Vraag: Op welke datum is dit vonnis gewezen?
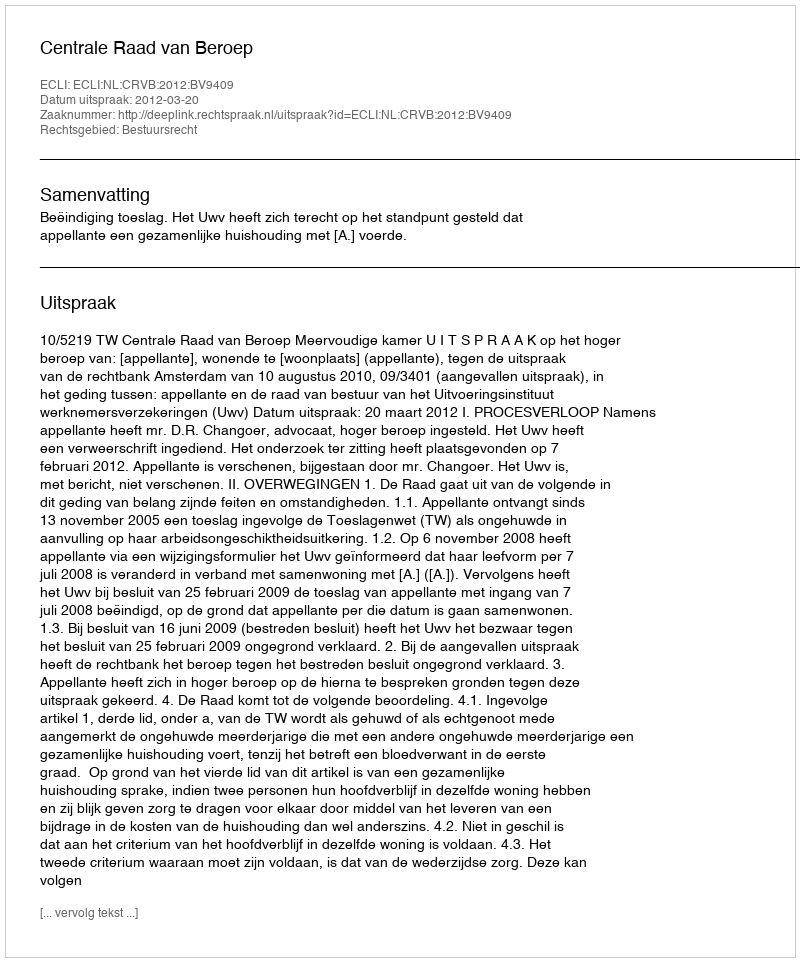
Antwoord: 2012-03-20